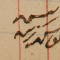
رئيس يوسف زينه